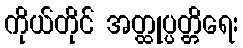
ကိုယ်တိုင် အတ္ထုပ္ပတ္တိရေး